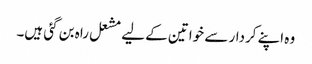
وہ اپنے کردار سے خواتین کے لیے مشعل راہ بن گئی ہیں۔